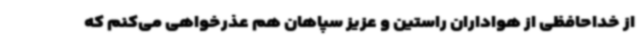
از خداحافظی از هواداران راستین و عزیز سپاهان هم عذرخواهی می‌کنم که